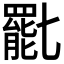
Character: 𠤩